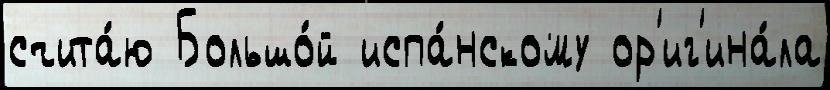
счита́ю Большо́й испа́нскому ор'иг'ина́ла